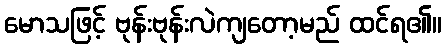
မောသဖြင့် ဗုန်းဗုန်းလဲကျတော့မည် ထင်ရ၏။